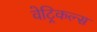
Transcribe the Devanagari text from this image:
वेट्रिकल्स